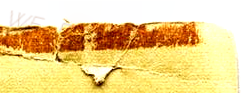
WE DELIVER